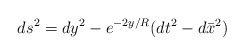
\begin{align*}ds^2=dy^2-e^{-2y/R}(dt^2-d\bar{x}^2)\end{align*}